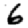
Digit: 6